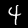
Digit: 4